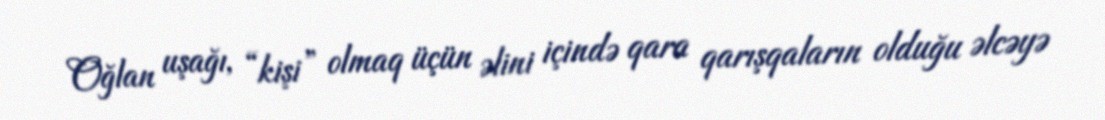
Oğlan uşağı, “kişi” olmaq üçün əlini içində qara qarışqaların olduğu əlcəyə